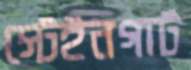
স্টেইনগার্ট